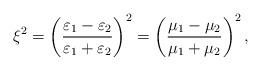
LaTeX: \begin{align*}\xi^2=\left(\frac{\varepsilon_1-\varepsilon_2}{\varepsilon_1+\varepsilon_2}\right)^2=\left(\frac{\mu_1-\mu_2}{\mu_1+\mu_2}\right)^2,\end{align*}